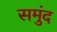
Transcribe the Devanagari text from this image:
समुंद